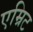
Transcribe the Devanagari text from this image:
एम्रिट